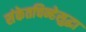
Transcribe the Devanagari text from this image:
संकेतचिन्हेसुद्धा